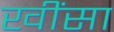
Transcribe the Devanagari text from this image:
खींसा